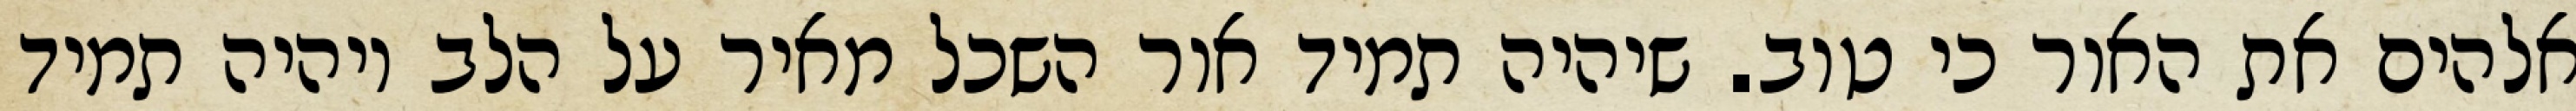
אלהים את האור כי טוב. שיהיה תמיד אור השכל מאיר על הלב ויהיה תמיד